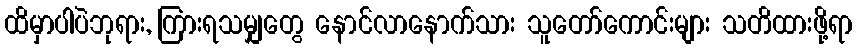
ထိမှာပါပဲဘုရား, ကြားရသမျှတွေ နောင်လာနောက်သား သူတော်ကောင်းများ သတိထားဖို့ရာ